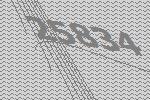
25834